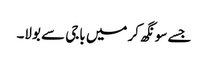
جسے سونگھ کر میں باجی سے بولا۔